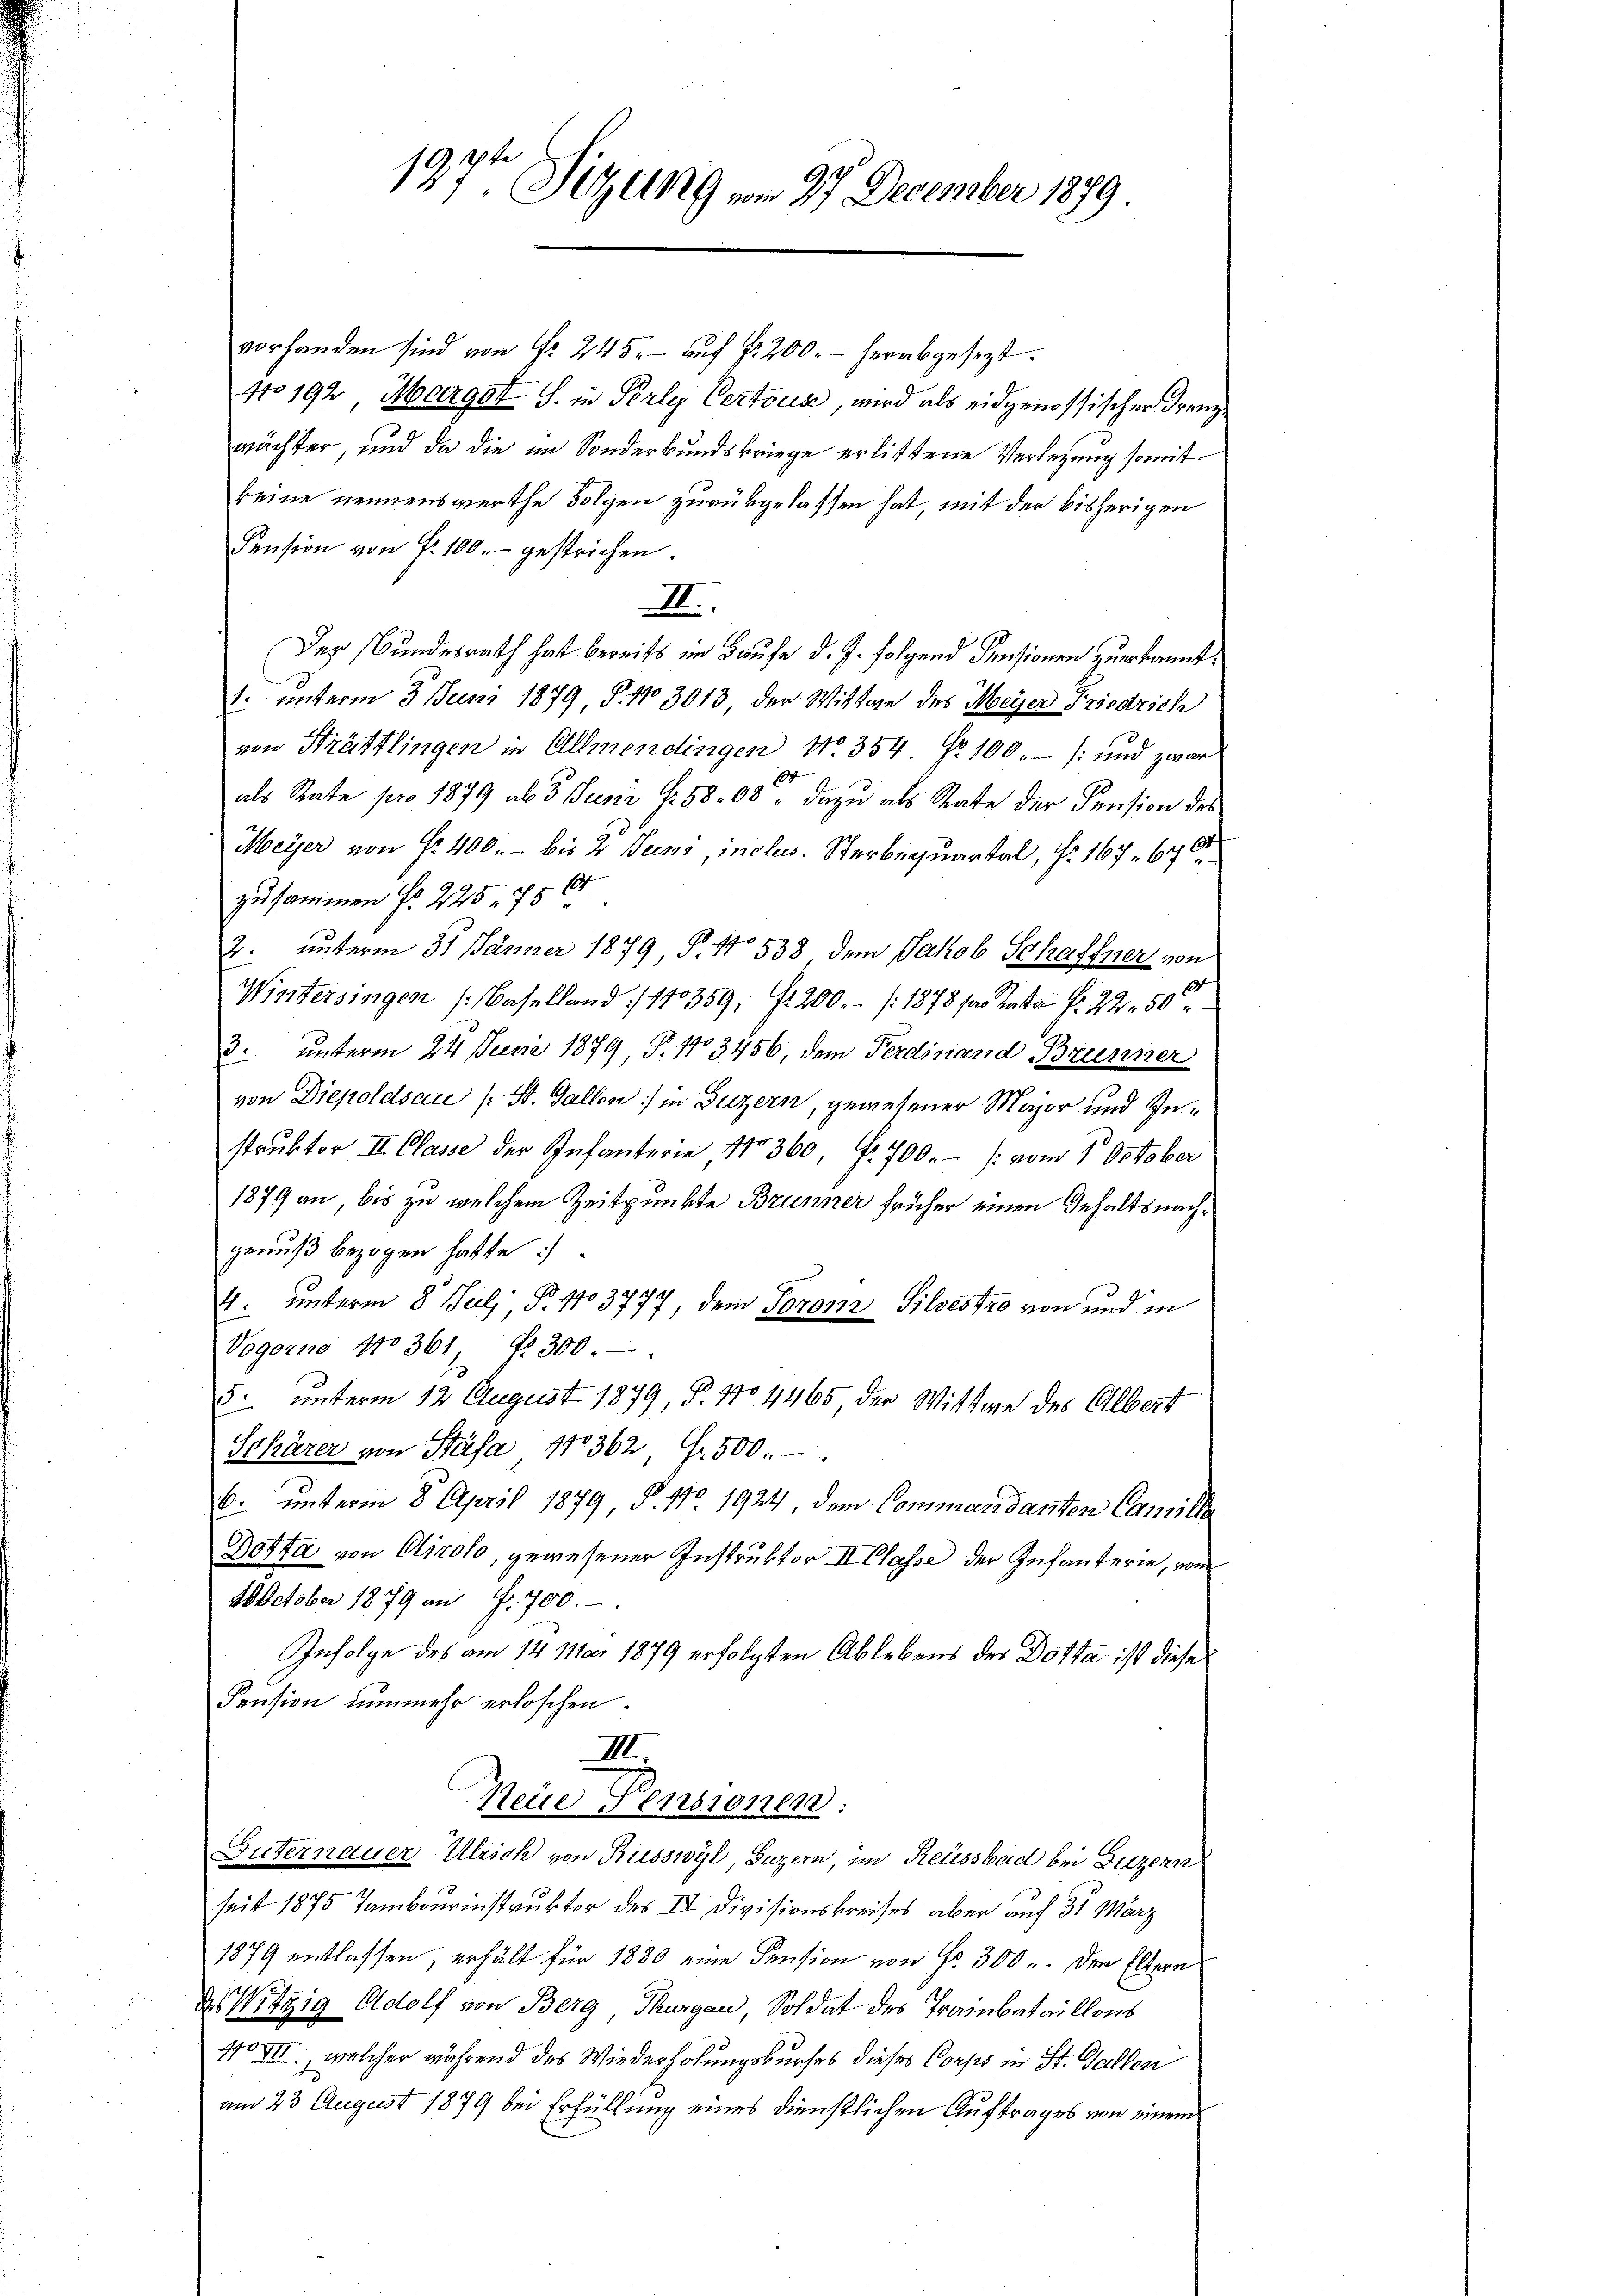
19.
27ten Sitzung vom 27. December 1879

vorhanden sind von Nr. 245. - auf fr 200. - herabgesezt.
No 192 Margat S. in Perly Certocis, wird als eidgenössischer Franzwächter, und da die im Sonderbundskriege erlittene Verlegung somit
keine nennenswerthe Folgen zurückgelassen hat, mit der bisherigen
Pension von f. 100.- gestrichen.
III.
Der Bundesrath hat bereits im Hause d. J. folgend Pensionen zuerkannt.
1. unterm 3. Juni 1879, S. 11. 3013, der Wittwe des Meyer Friedrich
von Strättlingen in Allmendingen No. 354. Fr. 100.- (und zwar
als Rate pro 1879 ab 3 Pusić f. 5808, dazu als State der Pension des
Meyer von §. 400. - bis 2 Juni, inclus. Sterbequartal, Nr. 167. 670
zusammen No 225. 750
2. unterm 31 Jänner 1879 P. No 538 dem Jakob Schaffner von
Wintersingen (Baselland 110359, f. 200.- (1878 / Kasta f. 22. 500
3. unterm 24. Juni 1879, S. 403456, dem Ferdinand Brunner
von Diepoldsau (: St. Gallen in Luzern, gewesener Major und Gestruktor II. Classe der Infanterie No 360, f. 700.- (vom 1. October
1879 an bis zu welchem Zeitpunkte Brunner früher einen Gehaltsnachgenuß bezogen hatte:
4. unterm 8. Juli, P. 1103777, dem Toron Silvestro von und in
Vogorno No 361, Nr. 300.
5. unterm 12. August 1879, P. 1704465, der Wittwe des Albert
Schärer von Stäfa 11362, Fr. 500.
6. unterm 8. April 1879 §. 110 1924 dem Commandanten Camille
Dotha von Airolo, gewesener Instruktor II. Classe der Infanterie, vom
October 1879 an f. 700.-
Infolge des am 14. Mai 1879 erfolgten Ablebens der Dotta ist diese
Pension nunmehr erloschen.
III.
Neue Pensionen.
Güternauer Ulrich von Russwyl, Luzern, im Reussbad bei Luzern
seit 1875 Tambourinstruktor des IV Divisionskreises aber auf 31 März
1879 entlassen, erhält für 1880 eine Pension von Fr. 300 u. den Eltern
e
des Witzig Adolf von Berg, Thurgau, Soldat des Trainbataillons
110 VII., welcher während des Wiederholungskurses dieses Corps in St. Gallen
am 23 August 1879 bei Erfüllung eines dienstlichen Auftrages von einem